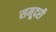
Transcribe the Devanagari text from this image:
समूदरी